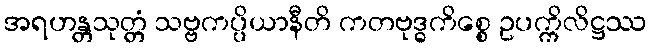
အရဟန္တသုတ္တံ သဗ္ဗကပ္ပိယာနီတိ ကတဗုဒ္ဓကိစ္စေ ဥပက္ကိလိဋ္ဌဿ